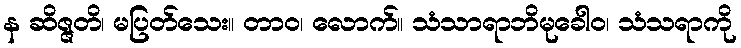
န ဆိဇ္ဇတိ၊ မပြတ်သေး။ တာဝ၊ လောက်။ သံသာရာဘိမုခေါဝ၊ သံသရာကို